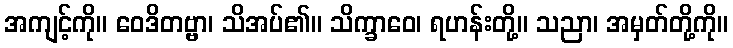
အကျင့်ကို။ ဝေဒိတဗ္ဗာ၊ သိအပ်၏။ သိက္ခာဝေ၊ ရဟန်းတို့။ သညာ၊ အမှတ်တို့ကို။